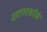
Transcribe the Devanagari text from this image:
शटलकॉर्क